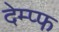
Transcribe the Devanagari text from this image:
देम्प्फ